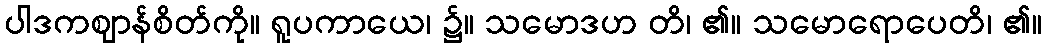
ပါဒကဈာန်စိတ်ကို။ ရူပကာယေ၊ ၌။ သမောဒဟ တိ၊ ၏။ သမောရောပေတိ၊ ၏။